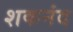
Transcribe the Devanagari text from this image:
शकनंद